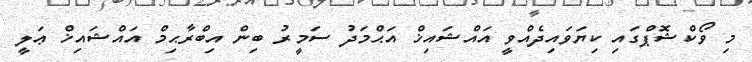
މި ވޯކްޝޮޕްގައި ކިޔަވައިދެއްވީ އައްޝައިޚް އަޙްމަދު ސަމީރު ބިން އިބްރާޙިމް އައްޝައިޚް ޢަލީ